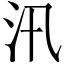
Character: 汛